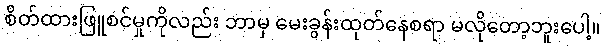
စိတ်ထားဖြူစင်မှုကိုလည်း ဘာမှ မေးခွန်းထုတ်နေစရာ မလိုတော့ဘူးပေါ့။